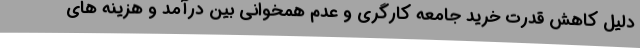
دلیل کاهش قدرت خرید جامعه کارگری و عدم همخوانی بین درآمد و هزینه های